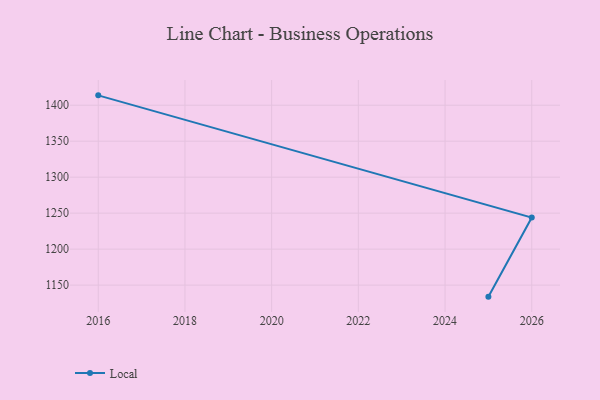
{"axis": {"x": "Year", "y": "Backlog"}, "legend": ["Local"], "data": [{"x": "2016", "y": 1413.7, "type": "Local"}, {"x": "2026", "y": 1243.9, "type": "Local"}, {"x": "2025", "y": 1134.0, "type": "Local"}]}